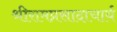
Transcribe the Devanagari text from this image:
श्रीरामप्रसादाचार्य